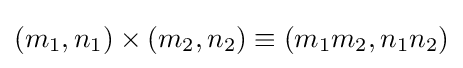
(m_{1},n_{1})\times (m_{2},n_{2})\equiv (m_{1}m_{2},n_{1}n_{2})